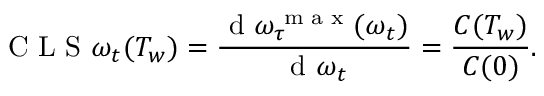
\mathrm { ~ C ~ L ~ S ~ } \omega _ { t } ( T _ { w } ) = \frac { \textrm { d } \omega _ { \tau } ^ { \textrm { m a x } } ( \omega _ { t } ) } { \textrm { d } \omega _ { t } } = \frac { C ( T _ { w } ) } { C ( 0 ) } .